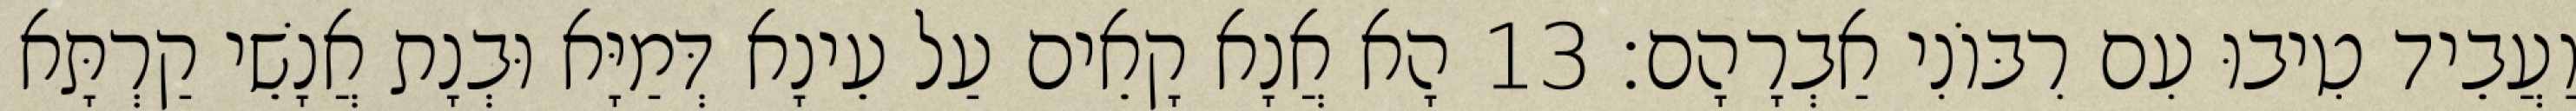
וַעֲבֵיד טִיבוּ עִם רִבּוֹנִי אַבְרָהָם׃ 13 הָא אֲנָא קָאֵים עַל עֵינָא דְּמַיָּא וּבְנָת אֲנָשֵׁי קַרְתָּא